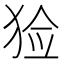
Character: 猃